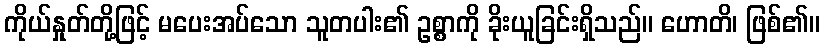
ကိုယ်နှုတ်တို့ဖြင့် မပေးအပ်သော သူတပါး၏ ဥစ္စာကို ခိုးယူခြင်းရှိသည်။ ဟောတိ၊ ဖြစ်၏။